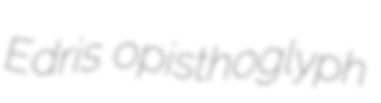
Edris opisthoglyph